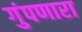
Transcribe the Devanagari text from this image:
गुंपणारा